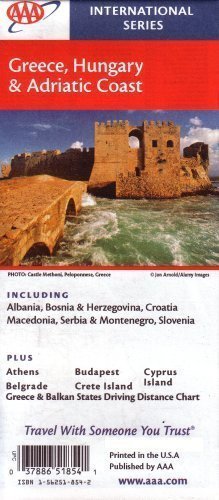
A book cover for AAA Greece, Hungary & Adriatic Coast: Albania, Bosnia, Herzegovina, Croatia, Macedonia, Serbia, Mont; AAA; Travel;